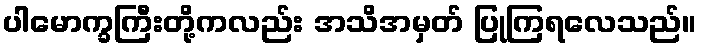
ပါမောက္ခကြီးတို့ကလည်း အသိအမှတ် ပြုကြရလေသည်။